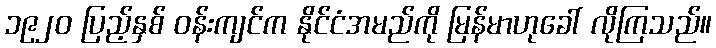
၁၉၂၀ ပြည့်နှစ် ဝန်းကျင်က နိုင်ငံအမည်ကို မြန်မာဟုခေါ် လိုကြသည်။